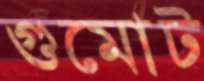
গুমোট